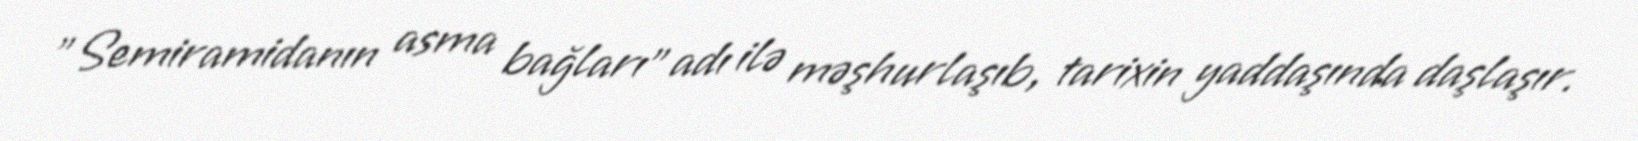
"Semiramidanın asma bağları" adı ilə məşhurlaşıb, tarixin yaddaşında daşlaşır.